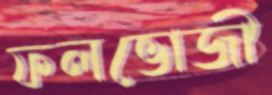
ফলভোজী